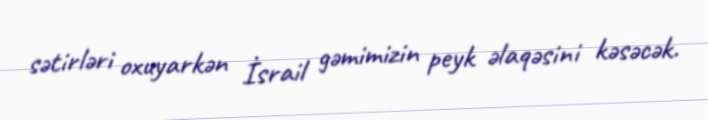
sətirləri oxuyarkən İsrail gəmimizin peyk əlaqəsini kəsəcək.